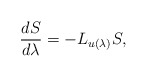
\begin{align*}\frac{dS}{d\lambda}=-L_{u(\lambda)}S,\end{align*}